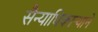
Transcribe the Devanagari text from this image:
सैन्याधिकार्‍याने